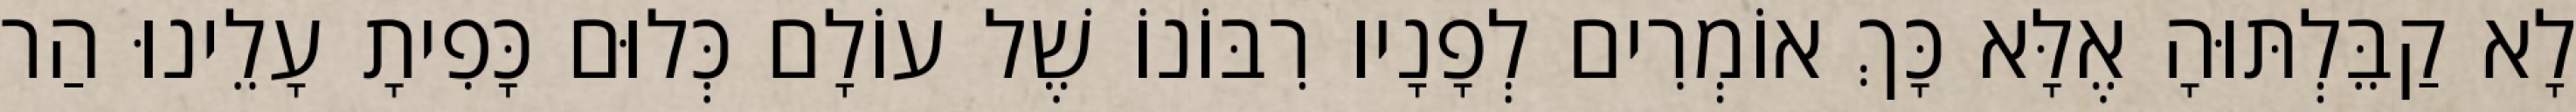
לָא קַבֵּלְתּוּהָ אֶלָּא כָּךְ אוֹמְרִים לְפָנָיו רִבּוֹנוֹ שֶׁל עוֹלָם כְּלוּם כָּפִיתָ עָלֵינוּ הַר